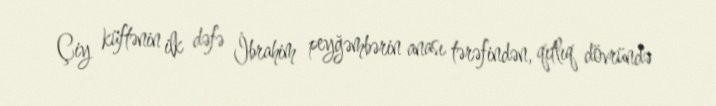
Çiy küftənin ilk dəfə İbrahim peyğəmbərin anası tərəfindən, qıtlıq dövründə